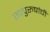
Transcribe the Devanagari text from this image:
सत्‍पुरुषांची